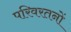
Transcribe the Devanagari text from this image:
परिवरतनों